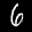
Label: 6